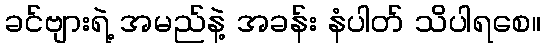
ခင်ဗျားရဲ့ အမည်နဲ့ အခန်း နံပါတ် သိပါရစေ။